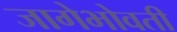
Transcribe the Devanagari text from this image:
जागेभोवती